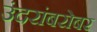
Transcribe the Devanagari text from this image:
उंदरांबरोबर